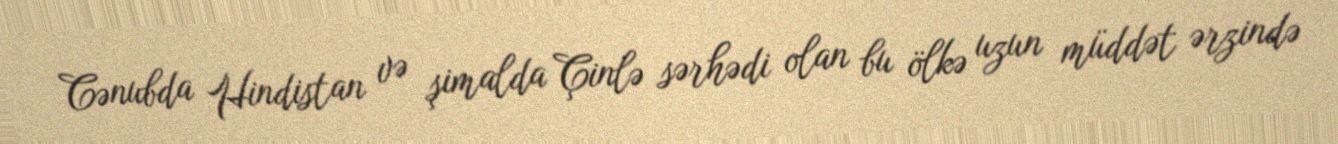
Cənubda Hindistan və şimalda Çinlə sərhədi olan bu ölkə uzun müddət ərzində